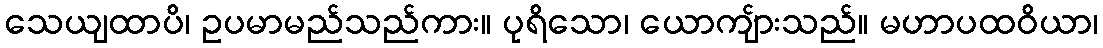
သေယျထာပိ၊ ဥပမာမည်သည်ကား။ ပုရိသော၊ ယောကျ်ားသည်။ မဟာပထဝိယာ၊